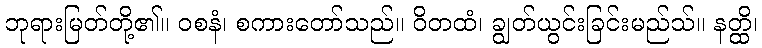
ဘုရားမြတ်တို့၏။ ဝစနံ၊ စကားတော်သည်။ ဝိတထံ၊ ချွတ်ယွင်းခြင်းမည်သ်။ နတ္ထိ၊